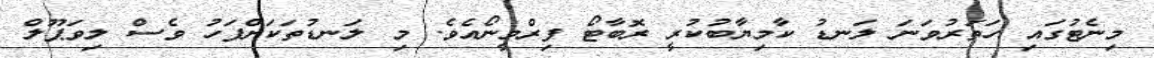
މިނެޓުގައި ހަތަރުވަނަ ލަނޑު ކާމިޔާބުކުރީ ރޮބާޓޯ ފިރްމީނޯއެވެ. މި ލަނޑުތަކަށްފަހު ވެސް ލިވަޕޫލް